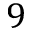
9